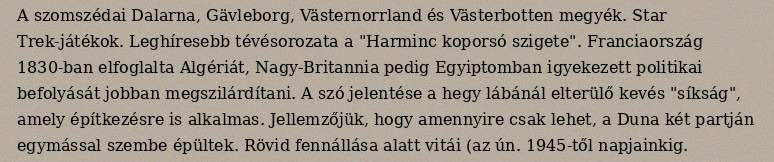
A szomszédai Dalarna, Gävleborg, Västernorrland és Västerbotten megyék. Star Trek-játékok. Leghíresebb tévésorozata a "Harminc koporsó szigete". Franciaország 1830-ban elfoglalta Algériát, Nagy-Britannia pedig Egyiptomban igyekezett politikai befolyását jobban megszilárdítani. A szó jelentése a hegy lábánál elterülő kevés "síkság", amely építkezésre is alkalmas. Jellemzőjük, hogy amennyire csak lehet, a Duna két partján egymással szembe épültek. Rövid fennállása alatt vitái (az ún. 1945-től napjainkig.